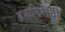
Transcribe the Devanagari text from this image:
ब्रह्मगिरीची